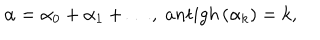
\alpha = \alpha _ { 0 } + \alpha _ { 1 } + \ldots , \; a n t i g h \left( \alpha _ { k } \right) = k ,